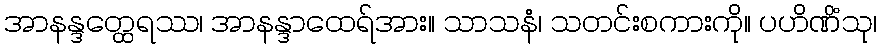
အာနန္ဒတ္ထေရဿ၊ အာနန္ဒာထေရ်အား။ သာသနံ၊ သတင်းစကားကို။ ပဟိဏိံသု၊